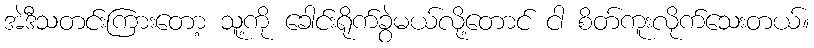
အဲဒီသတင်းကြားတော့ သူ့ကို ခေါင်းရိုက်ခွဲမယ်လို့တောင် ငါ စိတ်ကူးလိုက်သေးတယ်။